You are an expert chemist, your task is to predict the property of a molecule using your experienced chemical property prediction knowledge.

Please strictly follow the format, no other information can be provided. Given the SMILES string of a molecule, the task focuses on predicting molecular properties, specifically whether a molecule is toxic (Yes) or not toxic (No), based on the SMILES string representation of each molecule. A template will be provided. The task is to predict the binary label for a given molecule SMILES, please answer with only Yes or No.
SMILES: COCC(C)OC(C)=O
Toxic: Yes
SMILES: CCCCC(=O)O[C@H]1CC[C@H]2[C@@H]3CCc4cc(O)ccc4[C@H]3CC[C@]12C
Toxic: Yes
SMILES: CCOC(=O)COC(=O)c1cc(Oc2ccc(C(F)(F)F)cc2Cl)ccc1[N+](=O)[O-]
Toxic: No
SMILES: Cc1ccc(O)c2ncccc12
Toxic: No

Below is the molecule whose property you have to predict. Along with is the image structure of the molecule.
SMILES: NCCCC(O)(P(=O)([O-])O)P(=O)(O)O
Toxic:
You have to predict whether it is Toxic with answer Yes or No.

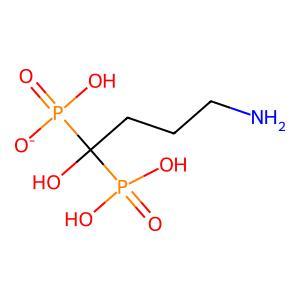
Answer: No